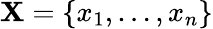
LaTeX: \mathbf{X}=\left\lbrace x_{1},\dots,x_{n}\right\rbrace